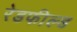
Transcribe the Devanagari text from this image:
रेडफील्ड